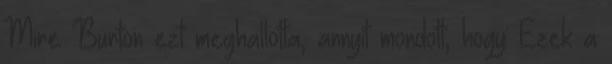
Mire Burton ezt meghallotta, annyit mondott, hogy: Ezek a